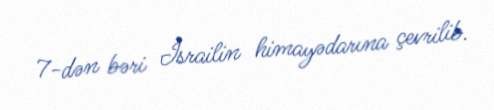
7-dən bəri İsrailin himayədarına çevrilib.